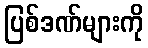
ပြစ်ဒဏ်များကို